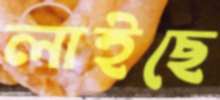
লাইছে